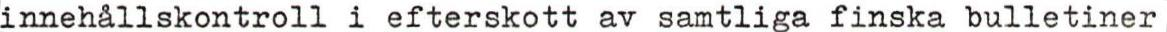
innehållskontroll i efterskott av samtliga finska bulletiner